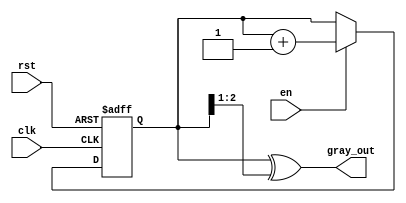
module gray_code_counter (
    input wire clk,            // Clock signal
    input wire rst,            // Asynchronous reset
    input wire en,            // Enable signal
    output reg [2:0] gray_out // 3-bit Gray code output
);

    reg [2:0] binary_count;   // 3-bit binary counter

    // Gray code conversion function
    function [2:0] binary_to_gray;
        input [2:0] binary;
        begin
            binary_to_gray = binary ^ (binary >> 1); // Gray code conversion
        end
    endfunction

    always @(posedge clk or posedge rst) begin
        if (rst) begin
            binary_count <= 3'b000; // Initialize to 0 on reset
        end else if (en) begin
            binary_count <= binary_count + 1; // Increment binary counter
        end
    end

    always @(binary_count) begin
        gray_out <= binary_to_gray(binary_count); // Convert binary to Gray code
    end

endmodule